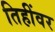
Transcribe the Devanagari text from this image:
तिहींवर